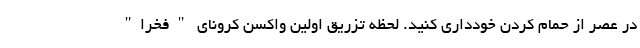
در عصر از حمام کردن خودداری کنید. لحظه تزریق اولین واکسن کرونای "فخرا"